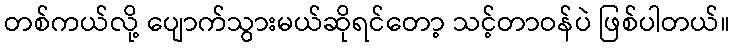
တစ်ကယ်လို့ ပျောက်သွားမယ်ဆိုရင်တော့ သင့်တာဝန်ပဲ ဖြစ်ပါတယ်။